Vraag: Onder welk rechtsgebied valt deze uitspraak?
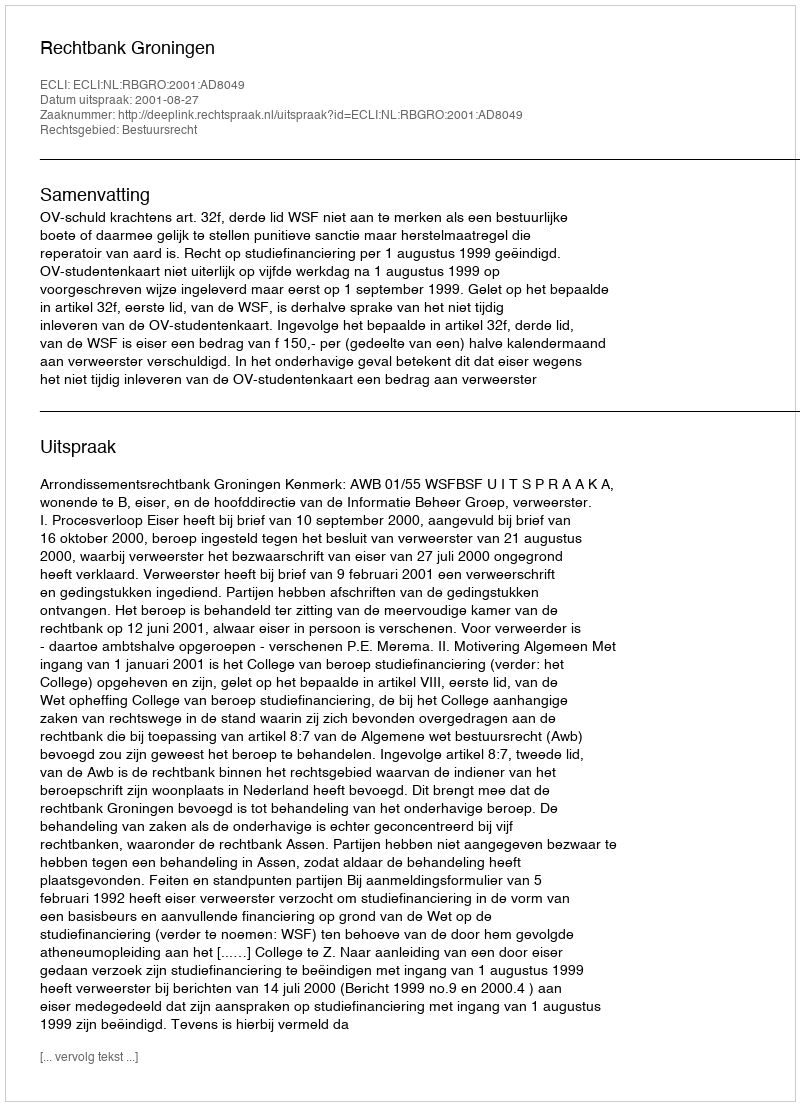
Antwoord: Bestuursrecht